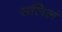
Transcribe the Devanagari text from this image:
सलिलं